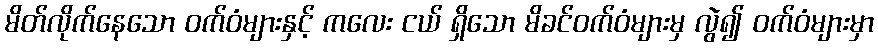
မိတ်လိုက်နေသော ဝက်ဝံများနှင့် ကလေး ငယ် ရှိသော မိခင်ဝက်ဝံများမှ လွဲ၍ ဝက်ဝံများမှာ